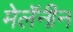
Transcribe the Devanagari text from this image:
मेलॅनीन